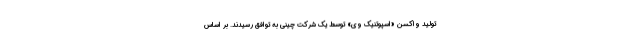
تولید واکسن «اسپوتنیک وی» توسط یک شرکت چینی به توافق رسیدند. بر اساس